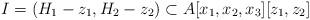
LaTeX: \begin{align*} I=(H_1-z_1, H_2-z_2)\subset A[x_1,x_2,x_3][z_1,z_2] \end{align*}